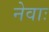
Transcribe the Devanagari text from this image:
नेवाः